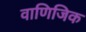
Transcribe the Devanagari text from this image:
वाणिजिक